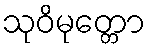
သုဝိမုတ္တော